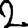
Digit: 2